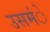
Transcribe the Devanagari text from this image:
उसमंे